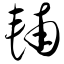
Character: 辅